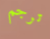
ترجم